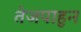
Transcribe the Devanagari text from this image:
तेजपाहुन